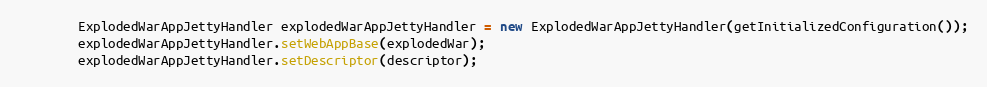
Language: Java
        ExplodedWarAppJettyHandler explodedWarAppJettyHandler = new ExplodedWarAppJettyHandler(getInitializedConfiguration());
        explodedWarAppJettyHandler.setWebAppBase(explodedWar);
        explodedWarAppJettyHandler.setDescriptor(descriptor);